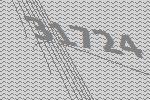
31724